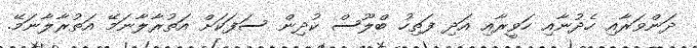
ދަންވަރާއި ހެދުނާއި ހަވީރާއި އަދި ފަތިހު ބްލޫސް ކުދިން ސަފަކަށް އަތުރާލާނަމޭ އަތުރާލާނަމޭ.